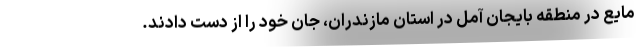
مایع در منطقه بایجان آمل در استان مازندران، جان خود را از دست دادند.